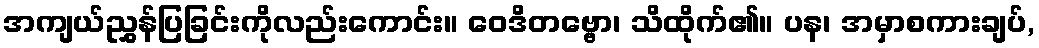
အကျယ်ညွှန်ပြခြင်းကိုလည်းကောင်း။ ဝေဒိတဗ္ဗော၊ သိထိုက်၏။ ပန၊ အမှာစကားချပ်,